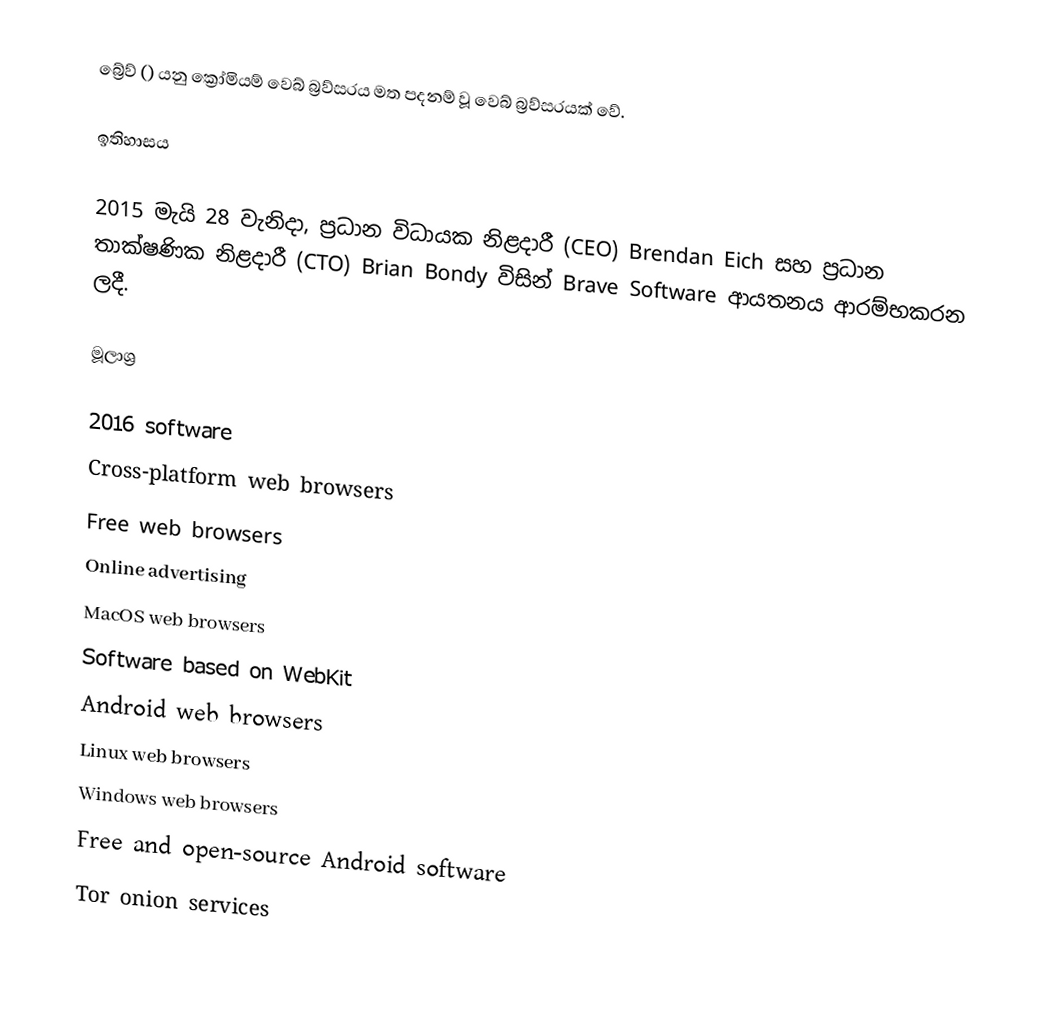
බ්‍රේව් () යනු ක්‍රෝමියම් වෙබ් බ්‍රව්සරය මත පදනම් වූ වෙබ් බ්‍රව්සරයක් වේ.

ඉතිහාසය

2015 මැයි 28 වැනිදා, ප්‍රධාන විධායක නිළදාරී (CEO) Brendan Eich සහ ප්‍රධාන තාක්ෂණික නිළදාරී (CTO) Brian Bondy විසින් Brave Software ආයතනය ආරම්භකරන ලදී.

මූලාශ්‍ර

2016 software
Cross-platform web browsers
Free web browsers
Online advertising
MacOS web browsers
Software based on WebKit
Android web browsers
Linux web browsers
Windows web browsers
Free and open-source Android software
Tor onion services